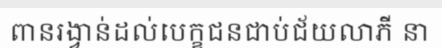
ពានរង្វាន់ដល់បេក្ខជនជាប់ជ័យលាភី នា